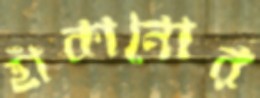
হাঁকানোর